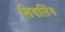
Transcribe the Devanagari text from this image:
शिवलिंंग